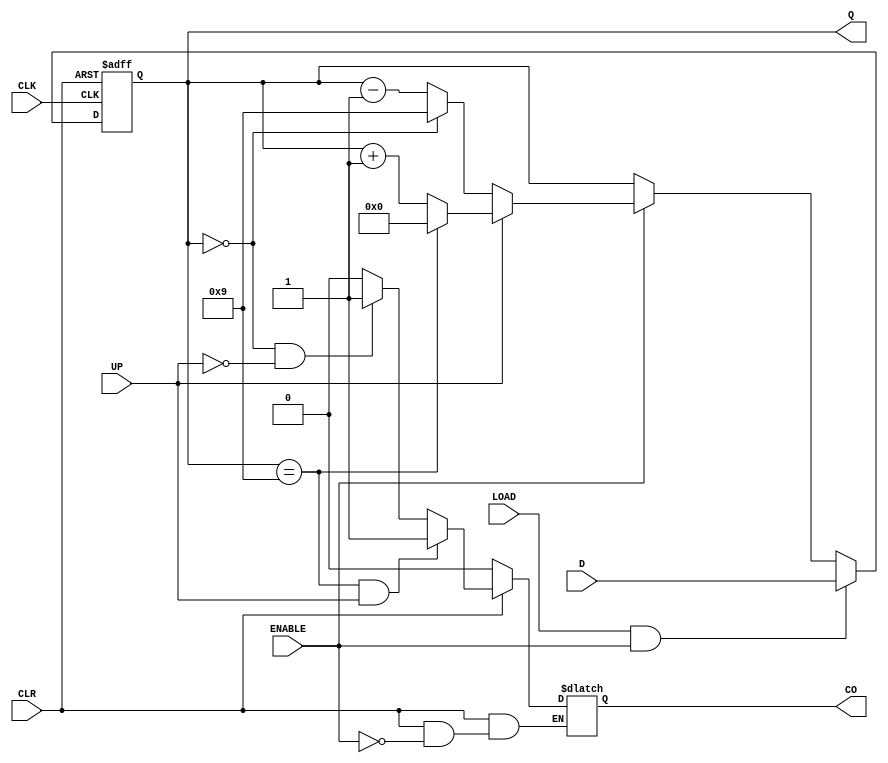
`timescale 1ns / 1ps
//////////////////////////////////////////////////////////////////////////////////
// Company: 
// Engineer: 
// 
// Design Name: 
// Module Name: BCD1digit
// Project Name: 
// Target Devices: 
// Tool Versions: 
// Description: 
// 
// Dependencies: 
// 
// Revision:
// Revision 0.01 - File Created
// Additional Comments:
// 
//////////////////////////////////////////////////////////////////////////////////


`timescale 10ns / 1ps
module BCD1digit(D, ENABLE, LOAD, UP, CLK,CLR, Q, CO);
    input [3:0]D;
    input ENABLE;     //1 bit inputs
    input LOAD;          //
    input CLK;         //
    input CLR;
    input UP;
    output reg[3:0]Q;
    output reg CO;
    // Synchronous counter
    always @(posedge CLK or negedge CLR)
    begin
        if (!CLR) begin
            Q <= 4'b0000; // Clear the counter
        end else if (LOAD && ENABLE) begin
            Q <= D; // Load data input D into the counter
        end else if (ENABLE) begin //Load is 0
            if (UP) begin
                if (Q == 4'b1001) begin
                    Q <= 4'b0000; // Reset to 0
                end else begin
                    Q <= Q + 1; // Increment the counter
                end
            end else begin
                if (Q == 4'b0000) begin
                    Q <= 4'b1001; // Reset to 9
                end else begin
                    Q <= Q - 1; // Decrement the counter
                end
            end
        end
    end
    
    always @(*)
    begin
        if (~CLR) begin
            CO = 0; // Clear the carry output when CLR is asserted
        end else if (ENABLE) begin
            if (Q == 4'b1001 & UP) begin
                CO = 1; // Asynchronous carry output when Q reaches 9
            end else if (Q == 4'b000 & ~UP)
            begin
                CO = 1;
            end else
            
            begin
                CO = 0;
            end
        end
    end

endmodule